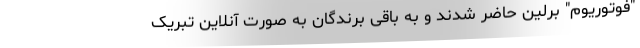
"فوتوریوم" برلین حاضر شدند و به باقی برندگان به صورت آنلاین تبریک